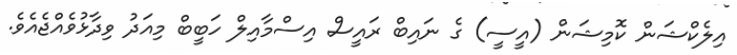
އިލެކްޝަން ކޮމިޝަން (އީސީ) ގެ ނައިބް ރައީސް އިސްމާއިލް ހަބީބް މިއަދު ވިދާޅުވެއްޖެއެވެ.